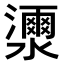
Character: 𤂝